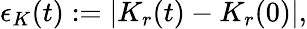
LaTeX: \epsilon_{K}(t):=|K_{r}(t)-K_{r}(0)|,